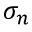
\sigma _ { n }